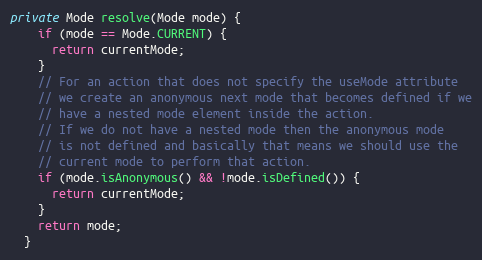
Language: Java
private Mode resolve(Mode mode) {
    if (mode == Mode.CURRENT) {
      return currentMode;
    }
    // For an action that does not specify the useMode attribute
    // we create an anonymous next mode that becomes defined if we
    // have a nested mode element inside the action.
    // If we do not have a nested mode then the anonymous mode
    // is not defined and basically that means we should use the
    // current mode to perform that action.
    if (mode.isAnonymous() && !mode.isDefined()) {
      return currentMode;
    }
    return mode;
  }